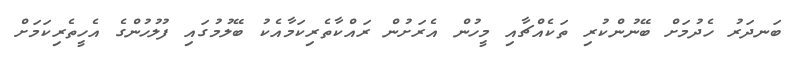
ބަނދަރު ހެދުމަށް ބޭނުންކުރި ތަކެއްޗާއި މީހުން އެރަށުން ރައްކާތެރިކަމާއެކު ބޭލުމުގައި ފުލުހުންގެ އެހީތެރިކަމަށް